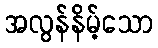
အလွန်နိမ့်သော